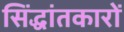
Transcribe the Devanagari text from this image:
सिंद्धांतकारों